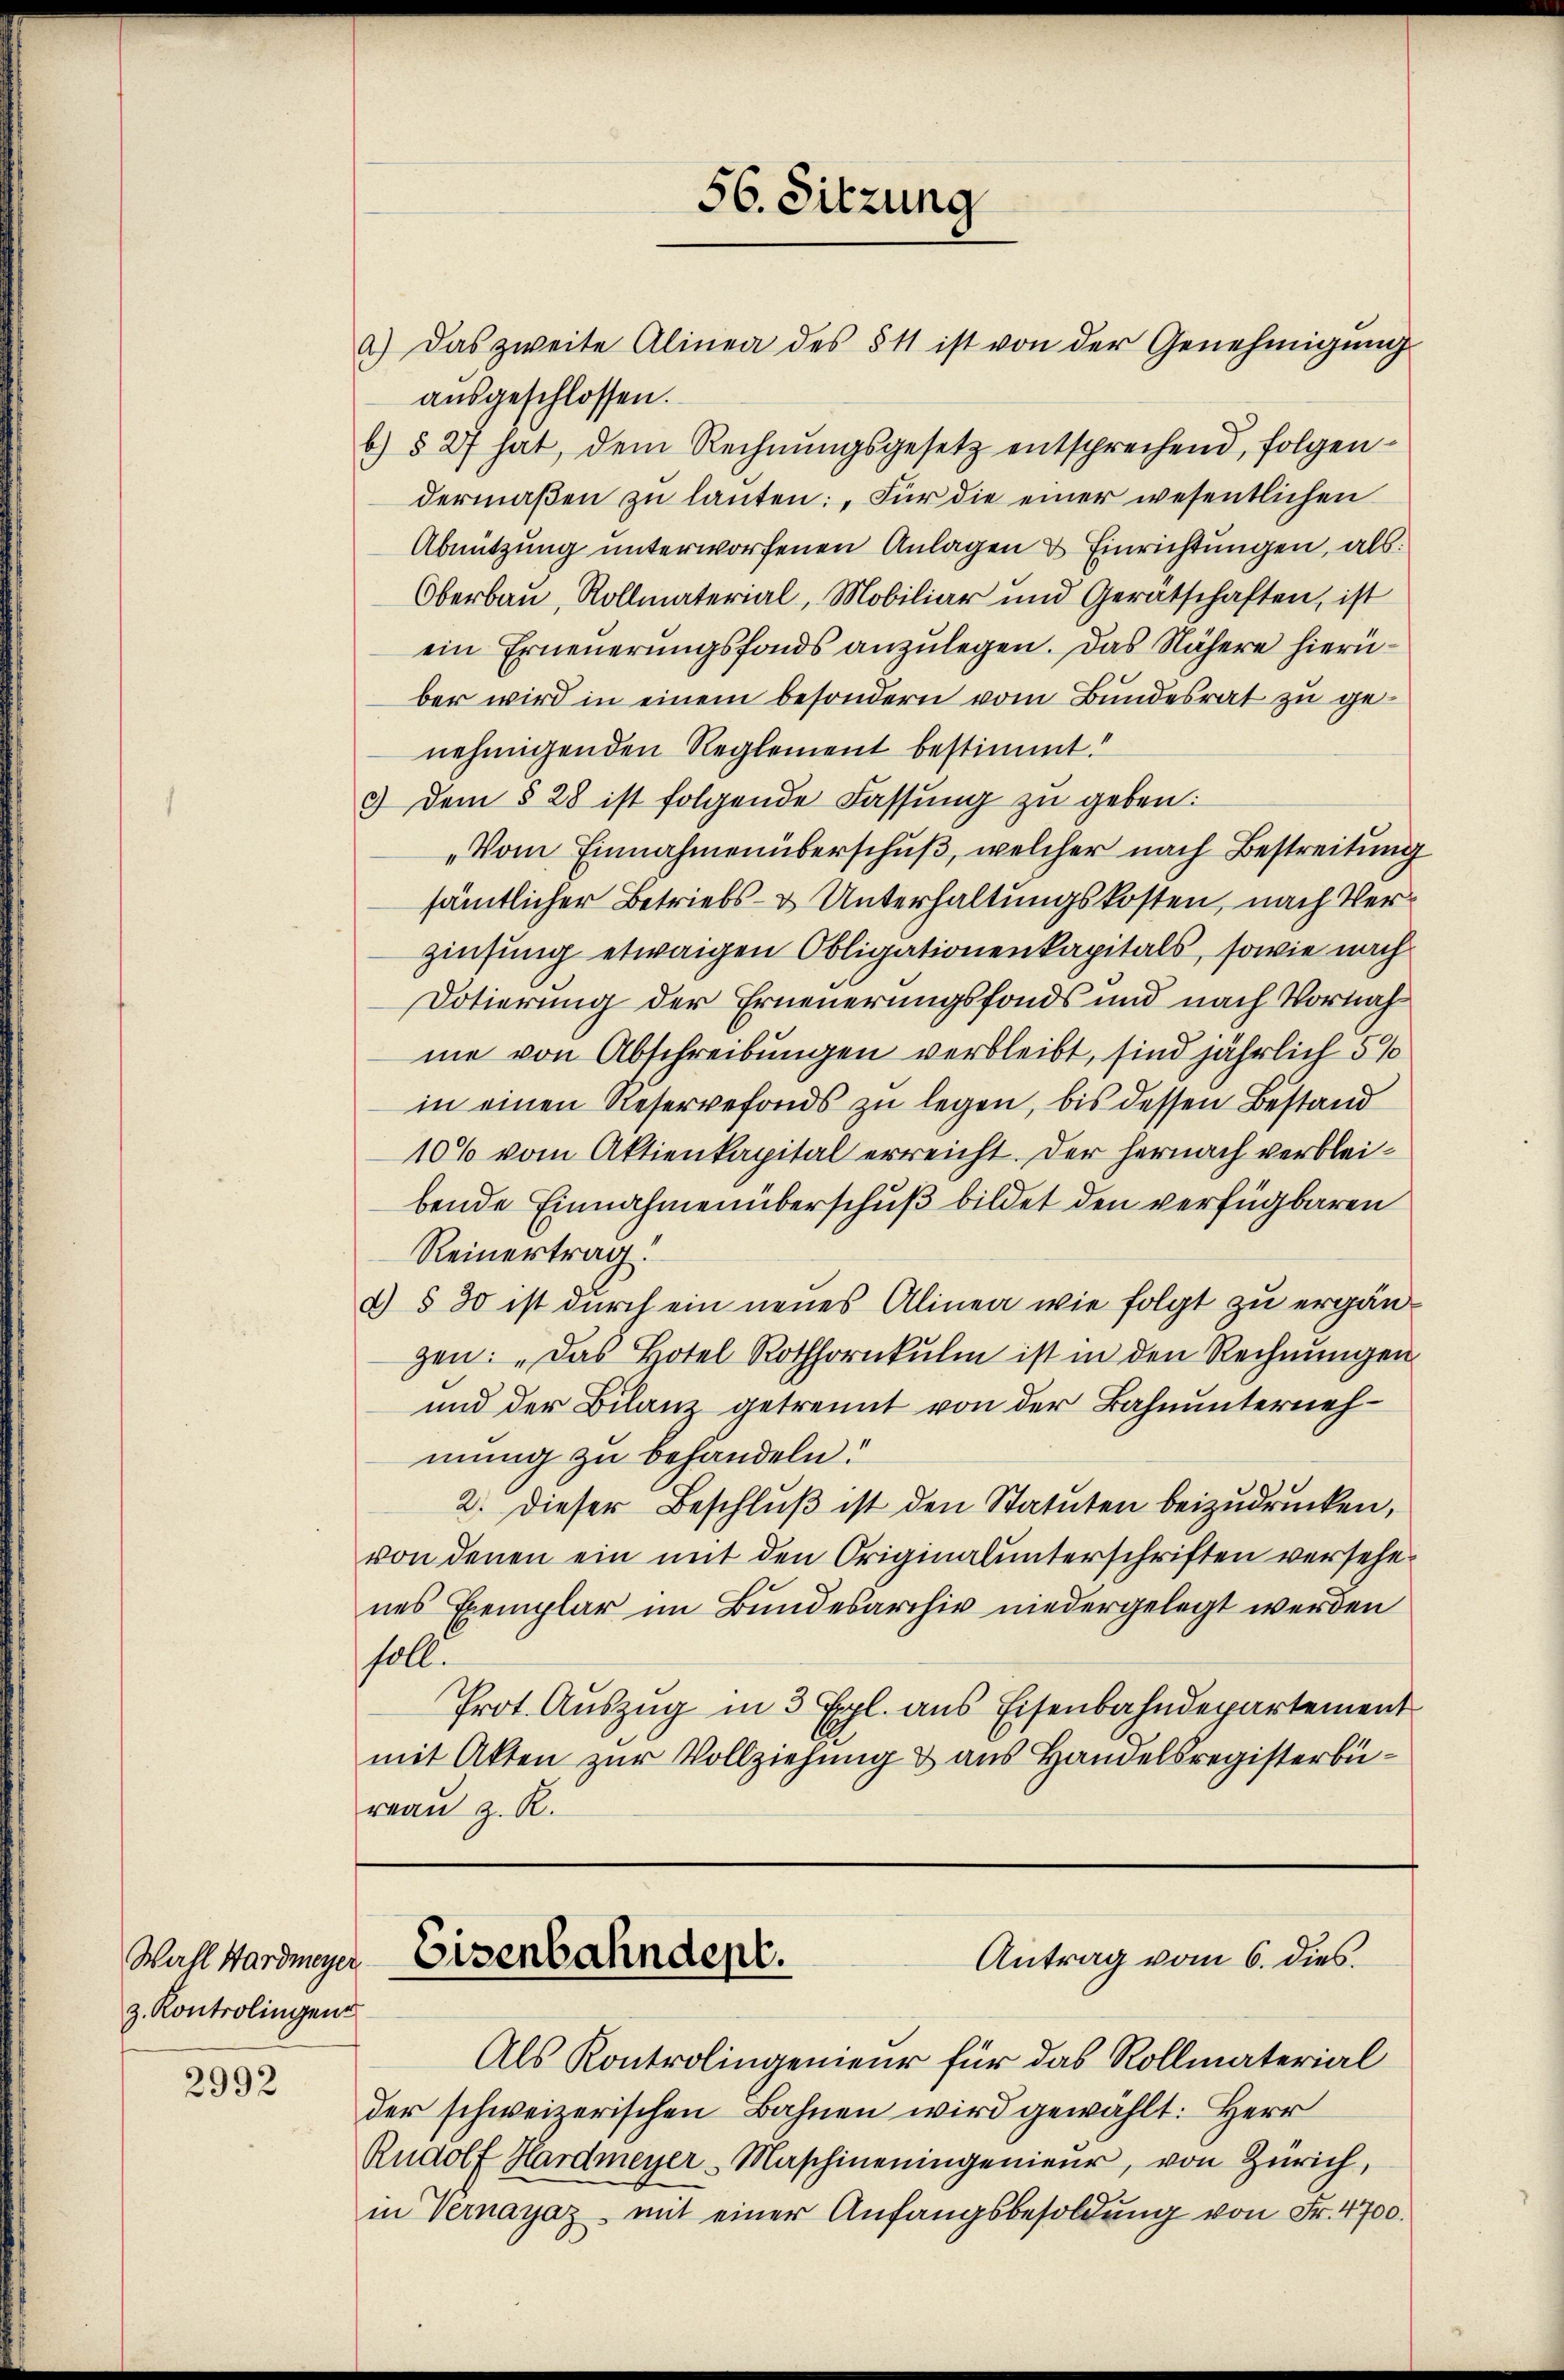
Wahl Hardmeyer
z. Kontrolingen

2992

ausgeschlossen.
b) § 27 hat, dem Rechnŭngsgesetz entsprechend, folgendermaβen zŭ lanten: "Für die einer wesentlichen
Abnützung unterworfenen Anlagen & Einrichtungen, als:
Oberbau, Rollmaterial, Mobiliar und Geratschaften, ist
ein Erneŭerŭngsfonds anzŭlegen. Das Nähere hierüber wird in einem besondern vom Bundesrat zu genehmigenden Reglement bestimmt!
3) dem § 28 ist folgende Fassung zu geben:
„Vom Einnahmen überschuß, welcher nach Bestreitung
sämtlicher Betriebs- & Unterhaltungskosten, nach Verzinsung etwaigen Obligationenkapitals, sowie nach
Dotierung der Erneuerungsfonds und nach Vornah
me von Abschreibungen verbleibt, sind jährlich 5 %
in einen Reservefonds zu legen, bis dessen Bestand
10% vom Aktienkapital erreicht. Der hernach verbleibende Einnahmenüberschuß bildet den verfügbaren
Reinertrag
d) § 30 ist durch ein neues Alinea wie folgt zu ergängen: „Das Hotel Rothhornkulm ist in den Rechnŭngen
und der Bilanz getrennt von der Bahnunternehmung zu behandeln.
2. Dieser Beschluß ist den Statuten beizudrücken,
von denen ein mit den Originalunterschriften versehenes Exemplar im Bundesarchiv niedergelegt werden
soll.
Prot. Auszug in 3 Epl. aus Eisenbahndepartement
mit Akten zur Vollziehung & aus Handelsregisterbureau z. R.

56. Sitzung
a) Das zweite Alinea des § 11 ist von der Genehmigŭng

Eisenbahndept.
Antrag vom 6. dies.

Als Kontrolingenieur für das Rollmaterial
der schweizerischen Bahnen wird gewählt: Herr
Rudolf Hardmeyer - Maschineningenieur, von Zürich,
in Vernayaz mit einer Anfangsbesoldŭng von Fr. 4700.